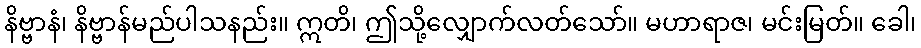
နိဗ္ဗာနံ၊ နိဗ္ဗာန်မည်ပါသနည်း။ ဣတိ၊ ဤသို့လျှောက်လတ်သော်။ မဟာရာဇ၊ မင်းမြတ်။ ခေါ၊